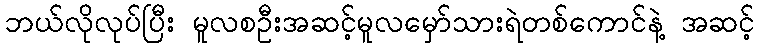
ဘယ်လိုလုပ်ပြီး မူလစဦးအဆင့်မူလမှော်သားရဲတစ်ကောင်နဲ့ အဆင့်